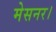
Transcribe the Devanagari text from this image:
मेसनर।